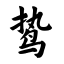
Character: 鸷